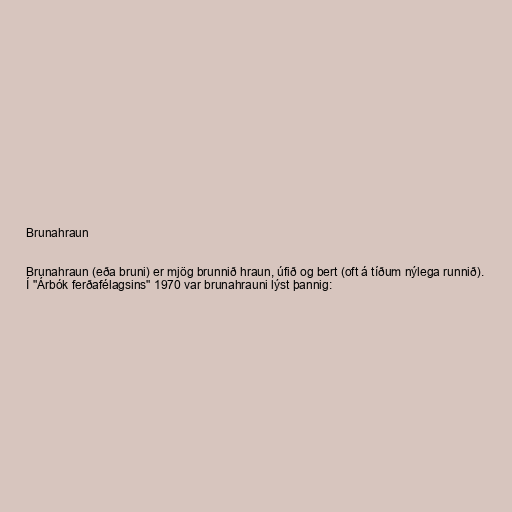
Brunahraun

Brunahraun (eða bruni) er mjög brunnið hraun, úfið og bert (oft á tíðum nýlega runnið).
Í "Árbók ferðafélagsins" 1970 var brunahrauni lýst þannig: